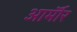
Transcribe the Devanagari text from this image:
आर्माॅर